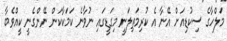
މަލްހާގެ ސިކުޑިއަށް އޭނާ އެ ކުރިމަތިލަނީ މިގަޑީގައި ނުވާނެ ކަމަކާކަން ނޭންގެނީ ކީއްވެބާ